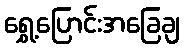
ရွှေ့ပြောင်းအခြေချ